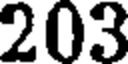
203